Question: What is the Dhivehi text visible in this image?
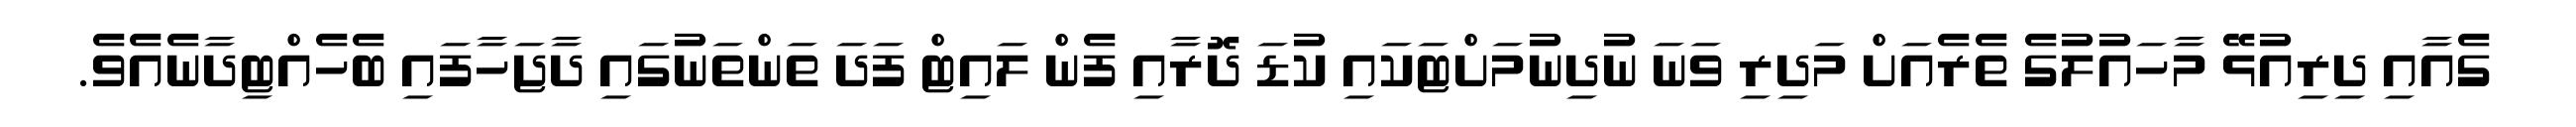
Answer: ގެއާއި ދިރިއުޅޭ މާހައުލުގެ ތެރެއަށް މަދިރި ވަނަ ނުދިނުމަށްޓަކައި ކުޑަ ދޮރާއި ފެން ލައިޓް ފަދަ ތަންތަނުގައި ދާޖަހާފައި ބެހެއްޓިދާނެއެވެ.